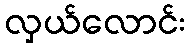
လှယ်လောင်း